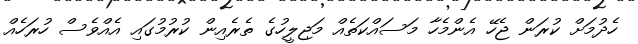
ހެދުމަށް ކުރަން ޖެހޭ އެންމެހާ މަސައްކަތެއް މަޖިލީހުގެ ތެރެއިން ކުރުމުގައި އެއްވެސް ހުރަހެއް